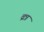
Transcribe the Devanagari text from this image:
व्रत्र